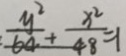
\frac { y ^ { 2 } } { 6 4 } + \frac { x ^ { 2 } } { 4 8 } = 1